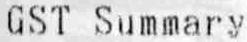
GST SUMMARY